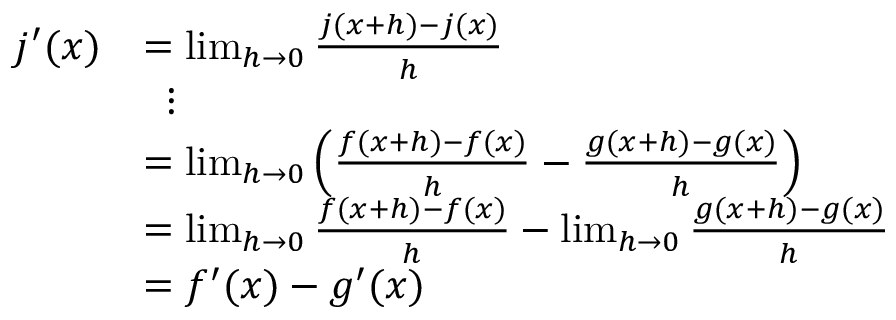
{ \begin{array} { r l } { j ^ { \prime } ( x ) } & { = \operatorname* { l i m } _ { h \rightarrow 0 } { \frac { j ( x + h ) - j ( x ) } { h } } } \\ & { \; \; \vdots } \\ & { = \operatorname* { l i m } _ { h \rightarrow 0 } \left( { \frac { f ( x + h ) - f ( x ) } { h } } - { \frac { g ( x + h ) - g ( x ) } { h } } \right) } \\ & { = \operatorname* { l i m } _ { h \rightarrow 0 } { \frac { f ( x + h ) - f ( x ) } { h } } - \operatorname* { l i m } _ { h \rightarrow 0 } { \frac { g ( x + h ) - g ( x ) } { h } } } \\ & { = f ^ { \prime } ( x ) - g ^ { \prime } ( x ) } \end{array} }